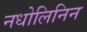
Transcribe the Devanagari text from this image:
नधोलिनिन